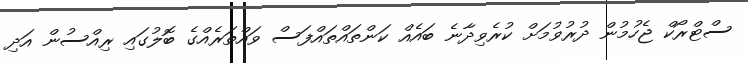
ސްޓްރޯކް ޖެހުމުން ދުރުވުމަށް ކުރެވިދާނެ ބައެއް ކަންތައްތައްފަސް ވައްތަރެއްގެ ބޮލުގައި ރިއްސުން އަދި